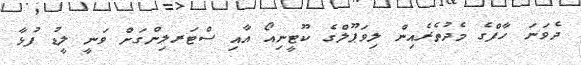
ދެވަނަ ހާފްގެ މެދުތެރެއިން ލިވަޕޫލްގެ ކޫޓީނިއޯ އާއި ސްޓަރލިންގަށް ވަނީ ލީޑު ފުޅާ